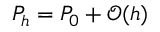
P _ { h } = P _ { 0 } + \mathcal { O } ( h )